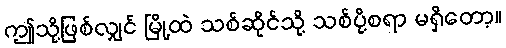
ဤသို့ဖြစ်လျှင် မြို့ထဲ သစ်ဆိုင်သို့ သစ်ပို့စရာ မရှိတော့။